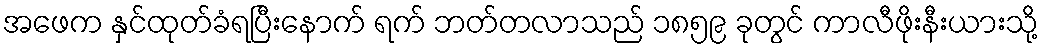
အဖေက နှင်ထုတ်ခံရပြီးနောက် ရက် ဘတ်တလာသည် ၁၈၅၉ ခုတွင် ကာလီဖိုးနီးယားသို့